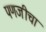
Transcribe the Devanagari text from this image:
पणजीचा